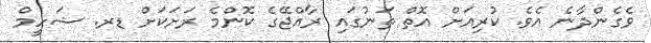
ވެގެންދާނެ އެވެ. ކުރިއަށް އޮތް ތަނުގައި ރާއްޖޭގެ ކޮންމެ ރަށަކަށް ޑރ. ޝަހީމް